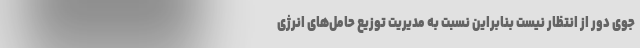
جوی دور از انتظار نیست بنابراین نسبت به مدیریت توزیع حامل‌های انرژی